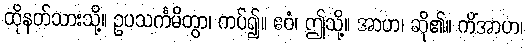
ထိုနတ်သားသို့။ ဥပသင်္ကမိတွာ၊ ကပ်၍။ ဧဝံ၊ ဤသို့။ အာဟ၊ ဆို၏။ ကိံအာဟ၊